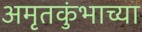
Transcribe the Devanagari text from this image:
अमृतकुंभाच्या